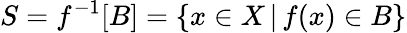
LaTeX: S=f^{-1}[B]=\{ x\in X\, |\, f(x)\in B\}